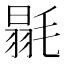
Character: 毾